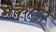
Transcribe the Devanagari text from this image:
मर्काडो